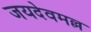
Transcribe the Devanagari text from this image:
जयदेवमल्ल